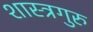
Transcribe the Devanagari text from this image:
शास्त्रगुरु